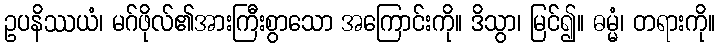
ဥပနိဿယံ၊ မဂ်ဖိုလ်၏အားကြီးစွာသော အကြောင်းကို။ ဒိသွာ၊ မြင်၍။ ဓမ္မံ၊ တရားကို။